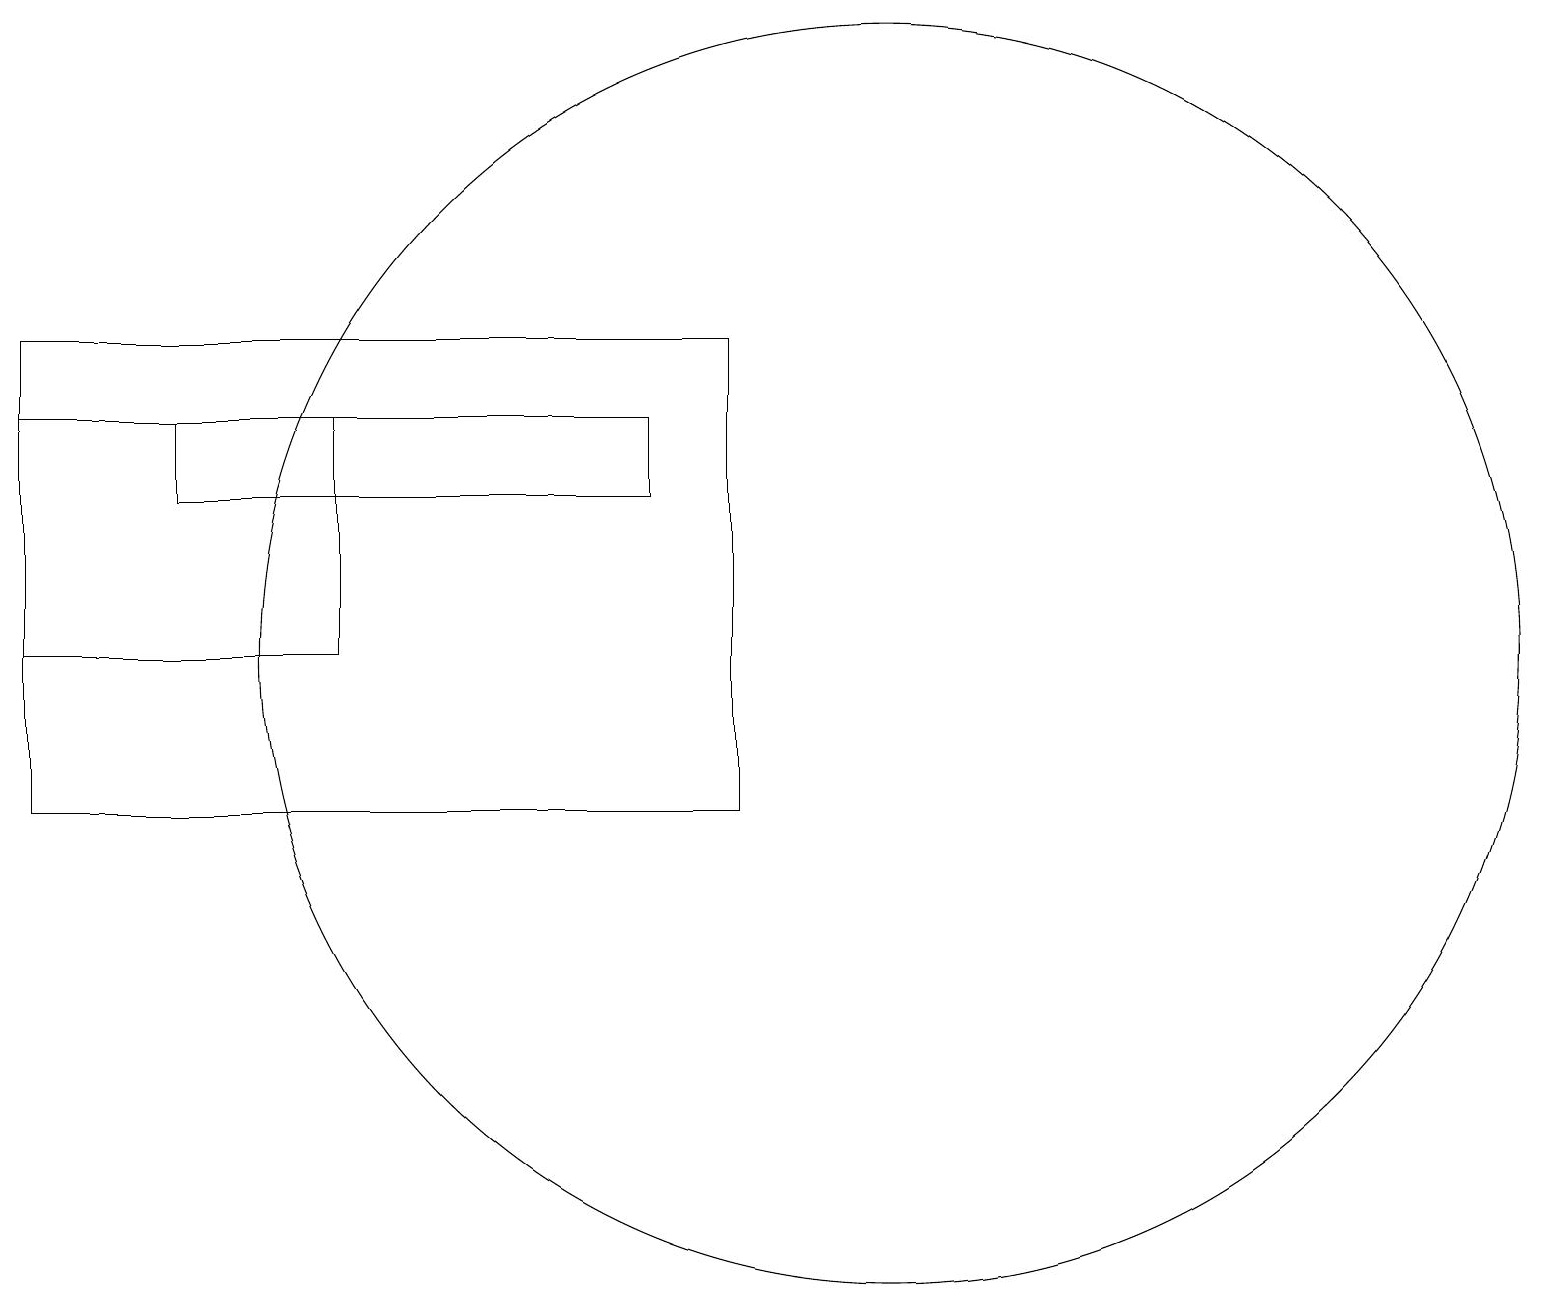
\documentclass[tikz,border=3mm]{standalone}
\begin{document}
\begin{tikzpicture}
\draw (11,12) circle (8);
\draw (0,16) rectangle (9,10);
\draw (8,15) rectangle (2,14);
\draw (0,12) rectangle (4,15);
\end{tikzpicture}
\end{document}